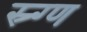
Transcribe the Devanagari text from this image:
स्र्ग्ण